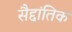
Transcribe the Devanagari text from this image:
सैद्दांतिक